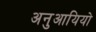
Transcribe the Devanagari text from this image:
अनुआयियो